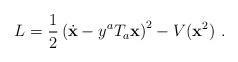
LaTeX: \begin{align*}L = \frac{1}{2}\left(\dot{\bf x} - y^aT_a {\bf x}\right)^2 -V({\bf x}^2)\ .\end{align*}